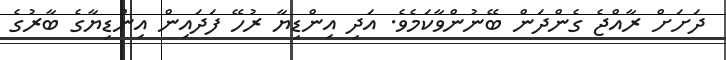
ދަށަށް ރާއްޖެ ގެންދަން ބޭނުންވާކަމެވެ. އަދި އިންޑިޔާ ރުހޭ ފަދައިން އިންޑިޔާގެ ބާރުގެ